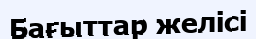
Бағыттар желісі